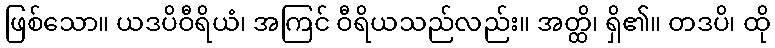
ဖြစ်သော။ ယဒပိဝီရိယံ၊ အကြင် ဝီရိယသည်လည်း။ အတ္ထိ၊ ရှိ၏။ တဒပိ၊ ထို